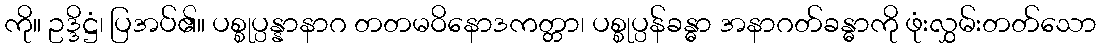
ကို။ ဥဒ္ဒိဋ္ဌံ၊ ပြအပ်၏။ ပစ္စုပ္ပန္နာနာဂ တတမဝိနောဒကတ္တာ၊ ပစ္စုပ္ပန်ခန္ဓာ အနာဂတ်ခန္ဓာကို ဖုံးလွှမ်းတတ်သော